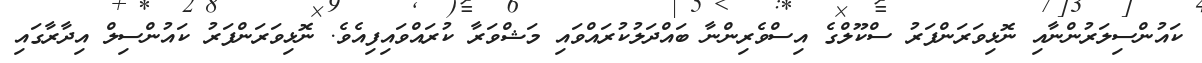
ކައުންސިލަރުންނާއި ނޮޅިވަރަންފަރު ސްކޫލްގެ އިސްވެރިންނާ ބައްދަލުކުރައްވައި މަޝްވަރާ ކުރައްވައިފިއެވެ. ނޮޅިވަރަންފަރު ކައުންސިލް އިދާރާގައި